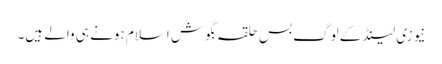
نیوزی لینڈ کے لوگ بس حلقہ بگوش اسلام ہونے ہی والے ہیں۔